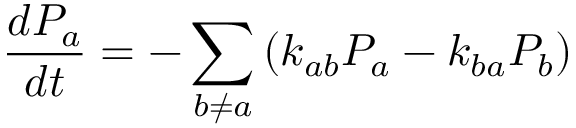
\frac { d P _ { a } } { d t } = - \sum _ { b \ne a } \left( k _ { a b } P _ { a } - k _ { b a } P _ { b } \right)